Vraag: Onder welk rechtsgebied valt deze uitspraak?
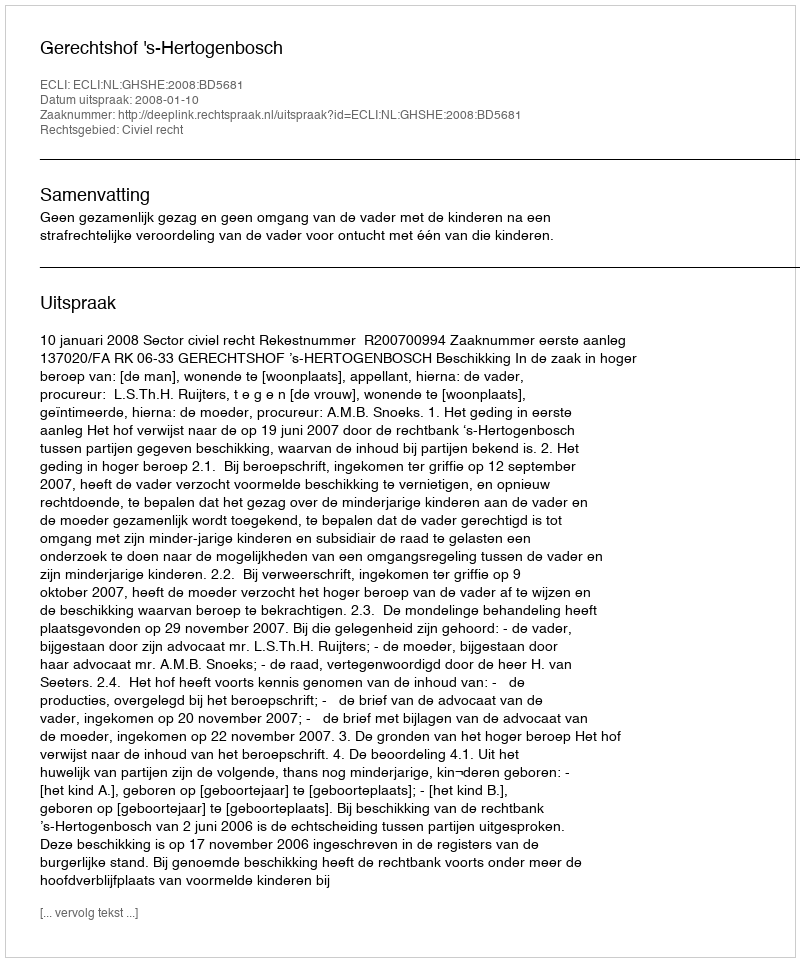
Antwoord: Civiel recht